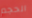
الحجم